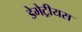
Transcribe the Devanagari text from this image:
डेमेट्रीयस